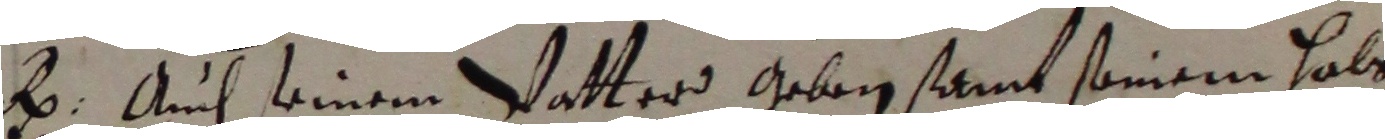
e. Auch seinem vatter geben samt seinem hals